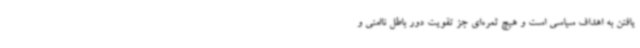
یافتن به اهداف سیاسی است و هیچ ثمره‌ای جز تقویت دور باطل ناامنی و